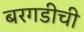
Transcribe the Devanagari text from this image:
बरगडीची